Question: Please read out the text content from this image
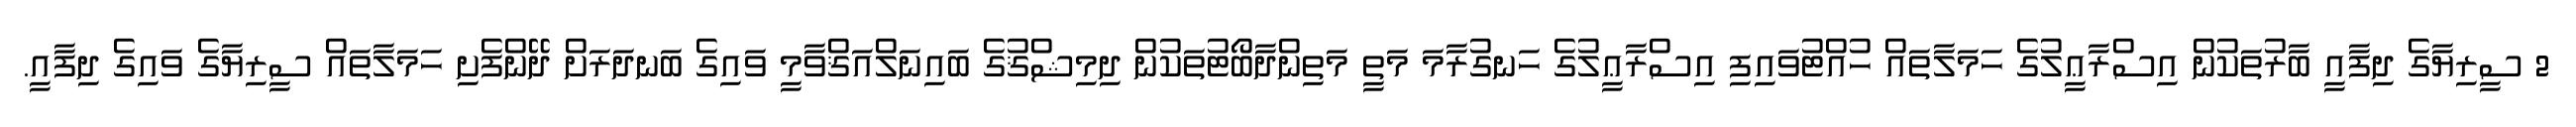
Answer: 2 ސީރިޔާގެ ދިފާއީ ބާރުތަކުން އިސްރާޢީލުގެ ހަމަލާތައް ހުއްޓުވައިފި އިސްރާޢީލުގެ ހަނގުރާމަ މަތީ މަތިންދާބޯޓުތަކުން ދިމިޝްޤުގެ ބައިނަލްއަޤްވާމީ ވައިގެ ބަނދަރަށް ދޭންފެށި ހަމަލާތައް ސީރިޔާގެ ވައިގެ ދިފާއީ.